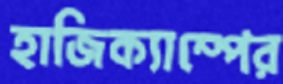
হাজিক্যাম্পের